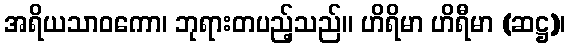
အရိယသာဝကော၊ ဘုရားတပည့်သည်။ ဟိရိမာ ဟိရီမာ (ဆဋ္ဌ)၊